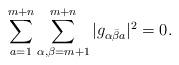
LaTeX: \begin{align*}\sum\limits_{a=1}^{m+n}\sum\limits_{\alpha,\beta=m+1}^{m+n}|g_{\alpha\bar{\beta}a}|^2=0.\end{align*}